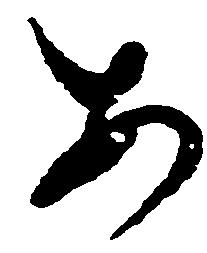
あ